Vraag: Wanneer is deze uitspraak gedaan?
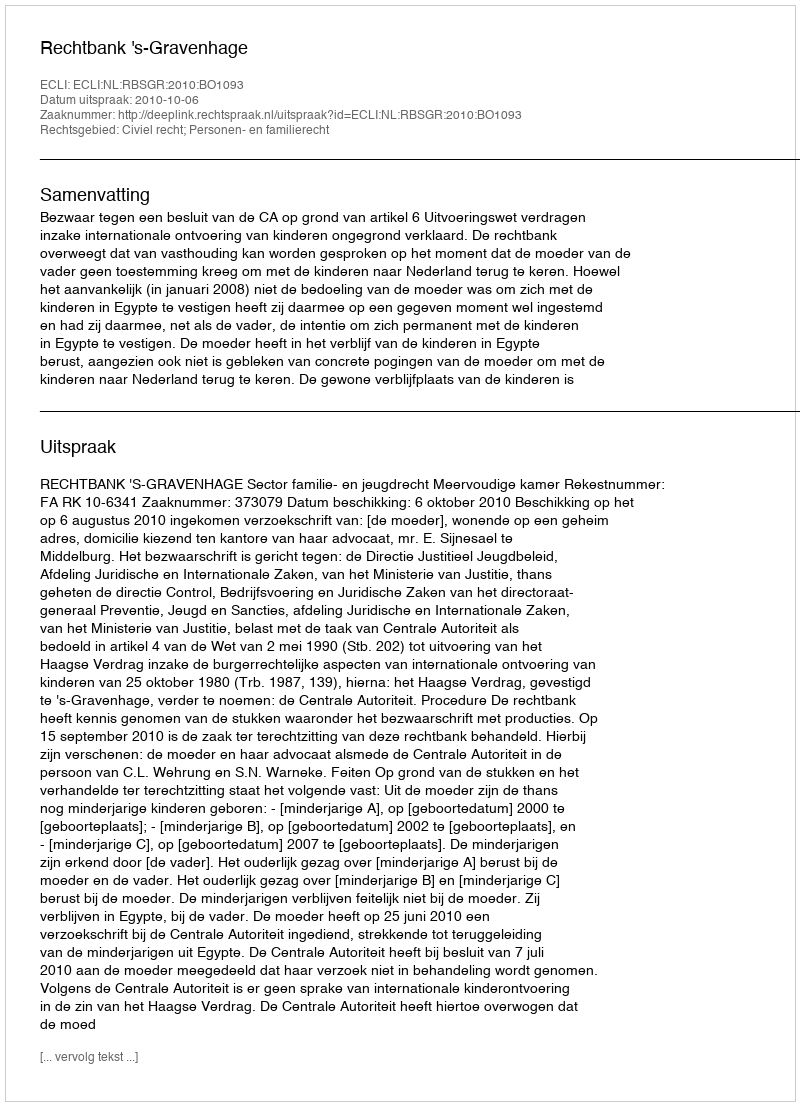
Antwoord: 2010-10-06